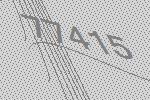
77415